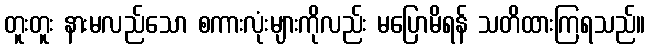
တူးတူး နားမလည်သော စကားလုံးများကိုလည်း မပြောမိရန် သတိထားကြရသည်။